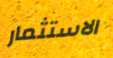
الاستثمار